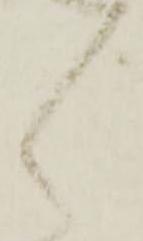
々